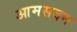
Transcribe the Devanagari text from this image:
आमसदन